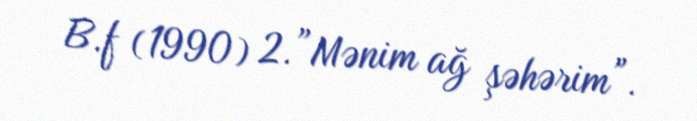
B.f (1990) 2.”Mənim ağ şəhərim”.